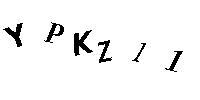
YPKZ11